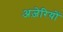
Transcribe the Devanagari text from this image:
अज़ेरियों